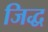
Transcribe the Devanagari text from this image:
जिद्ध